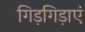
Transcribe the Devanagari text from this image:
गिड़गिड़ाएं